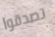
تصدقوا